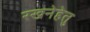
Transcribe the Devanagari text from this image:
रखनेहेतु